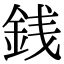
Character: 銭